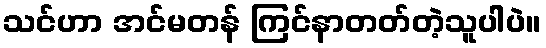
သင်ဟာ အင်မတန် ကြင်နာတတ်တဲ့သူပါပဲ။